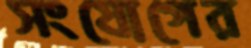
সংযোগের